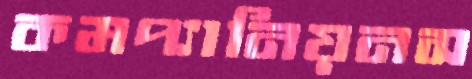
কমপ্যানিয়নস